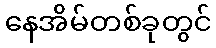
နေအိမ်တစ်ခုတွင်